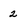
Character: 2